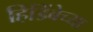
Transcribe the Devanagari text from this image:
हिडिंबेच्या